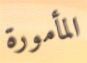
المأمورة